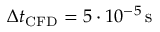
\Delta t _ { \mathrm { C F D } } = 5 \cdot 1 0 ^ { - 5 } \, \mathrm { s }